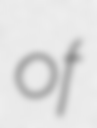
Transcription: of